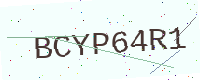
Text: BCYP64R1